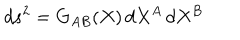
d s ^ { 2 } = G _ { A B } ( X ) \, d X ^ { A } \, d X ^ { B }